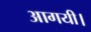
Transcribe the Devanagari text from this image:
आगयी।